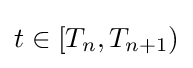
t\in [T_{n},T_{n+1})